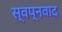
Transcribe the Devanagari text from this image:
स्वप्नवाद